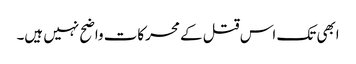
ابھی تک اس قتل کے محرکات واضح نہیں ہیں۔